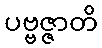
ပဗ္ဗဇ္ဇာတိ